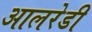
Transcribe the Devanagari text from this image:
आलरेडी